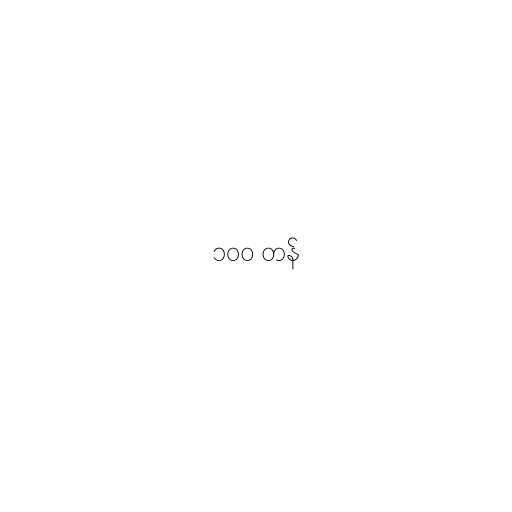
၁၀၀ တန်